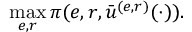
\operatorname* { m a x } _ { e , r } \pi ( e , r , \bar { u } ^ { ( e , r ) } ( \cdot ) ) .